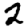
Digit: 2